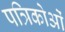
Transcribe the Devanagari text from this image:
पत्रिकोओं